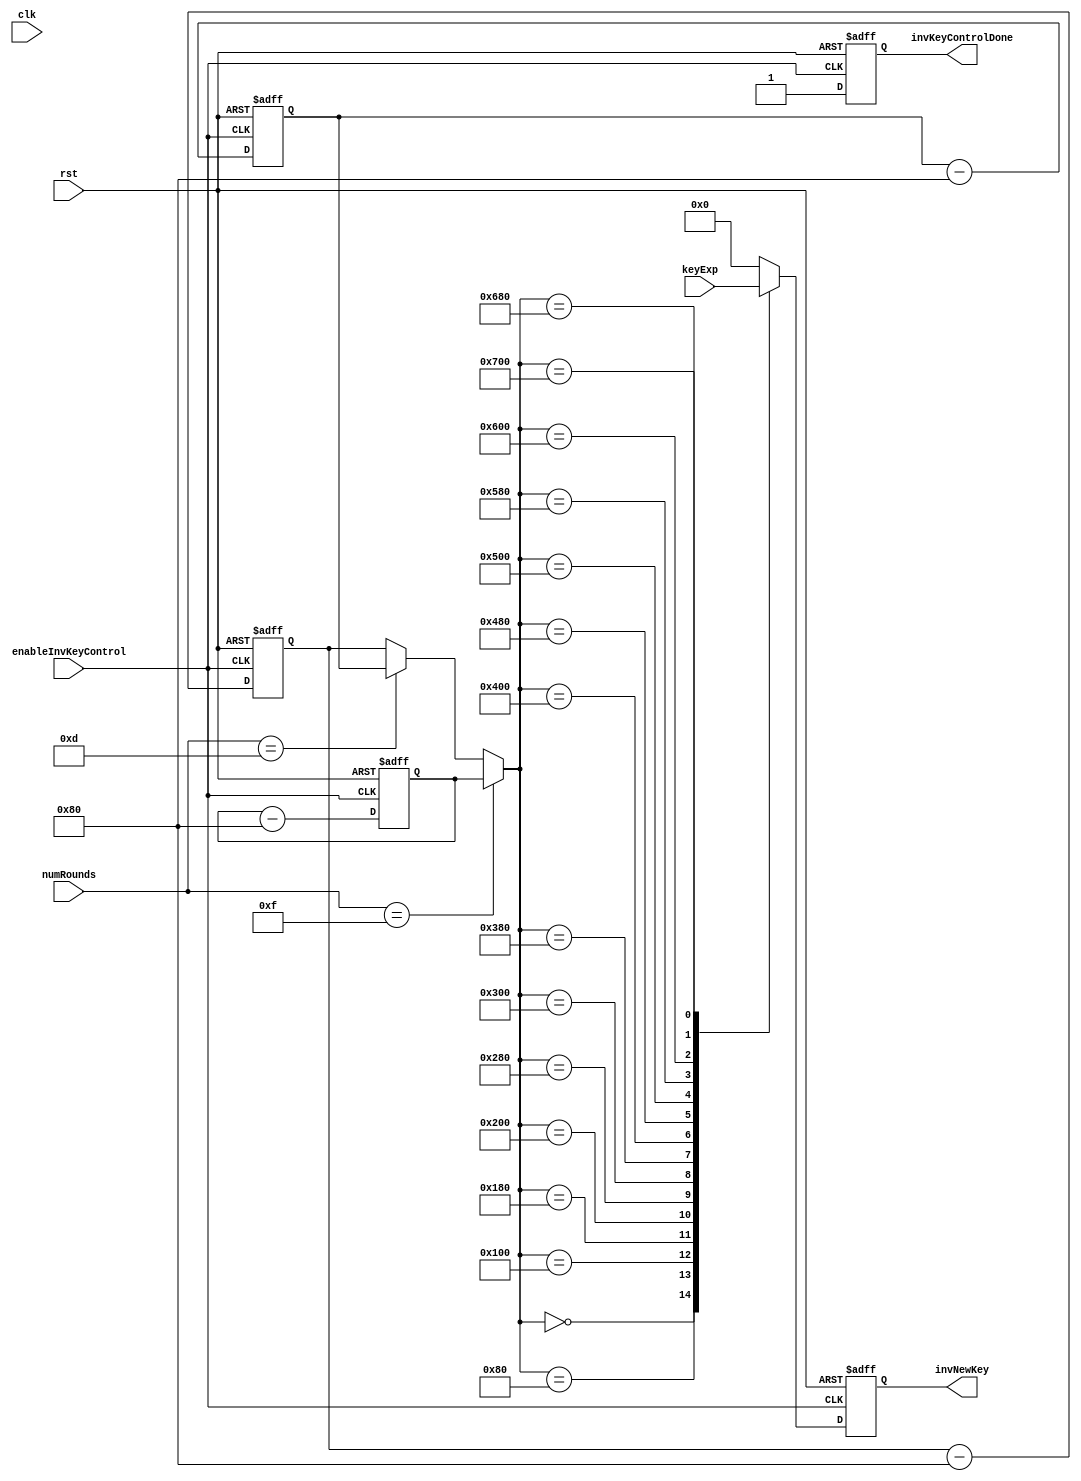
module invKeyControl( 	input clk, 							// input clock
						input rst, 							// input reset
						input enableInvKeyControl,			// begin invKeyControl
						input [0:1919] keyExp,				// unsigned 176-byte expanded key
						input [4:0] numRounds,
						output reg [0:127] invNewKey,		// output key for invRounds
						output reg invKeyControlDone);		// set when invKeyControl is finished
	
	integer bottom;
	integer bottom128 = 1280;				// bottom limit of bit-range
	integer bottom192 = 1536;
	integer bottom256 = 1792;

	always@ (posedge enableInvKeyControl, posedge rst)
		begin
			if(rst)
				begin
					invNewKey = 128'd0;
					invKeyControlDone = 1'b0;
					bottom128 = 1280;				// bottom limit of bit-range
					bottom192 = 1536;
					bottom256 = 1792;
				end
			else
				begin
					#50;
					invKeyControlDone = 1'b0;
					
					if(numRounds == 5'd15)
						begin
							bottom = bottom256;
						end
					else if(numRounds == 5'd13)
						begin
							bottom = bottom192;
						end
					else
						begin
							bottom = bottom128;
						end
					
						case(bottom)
							0 : 		invNewKey = keyExp[0:127];
							128 : 		invNewKey = keyExp[128:255];
							256 : 		invNewKey = keyExp[256:383];
							384 : 		invNewKey = keyExp[384:511];
							512 :		invNewKey = keyExp[512:639]; 
							640 : 		invNewKey = keyExp[640:767];
							768 : 		invNewKey = keyExp[768:895];
							896 : 		invNewKey = keyExp[896:1023];
							1024 : 		invNewKey = keyExp[1024:1151];
							1152 : 		invNewKey = keyExp[1152:1279];
							1280 : 		invNewKey = keyExp[1280:1407];
							1408 : 		invNewKey = keyExp[1408:1535];
							1536 : 		invNewKey = keyExp[1536:1663];
							1664 : 		invNewKey = keyExp[1664:1791];
							1792 : 		invNewKey = keyExp[1792:1919];
							default :	invNewKey = 128'd0; 		
						endcase
						
					bottom256 = bottom256 - 128;
					bottom192 = bottom192 - 128;
					bottom128 = bottom128 - 128;
					#50;
					invKeyControlDone = 1'b1;

				end	
		end				

endmodule